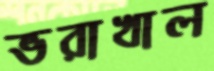
ভরাখাল